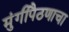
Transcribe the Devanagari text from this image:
मुंगीपैठणाचा